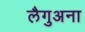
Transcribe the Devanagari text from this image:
लैगुअना